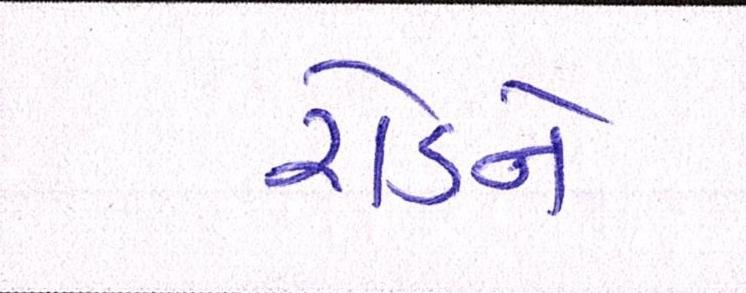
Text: રોડને